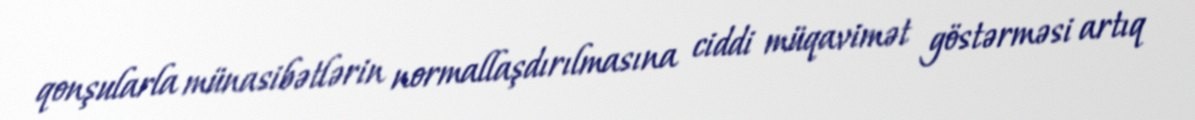
qonşularla münasibətlərin normallaşdırılmasına ciddi müqavimət göstərməsi artıq